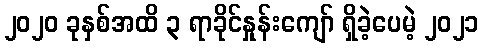
၂၀၂၀ ခုနှစ်အထိ ၃ ရာခိုင်နှုန်းကျော် ရှိခဲ့ပေမဲ့ ၂၀၂၁